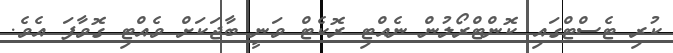
ކުރި ޓެސްޓްގައި ކޮންޓްރޯލުން ނެއްޓި ރޮކެޓް ވަނީ ބާޖަކަށް ވެއްޓި ގޮވާފަ އެވެ.